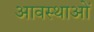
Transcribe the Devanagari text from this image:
आवस्थाओं